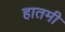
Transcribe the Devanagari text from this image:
हातमी